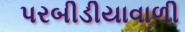
પરબીડીયાવાળી